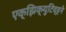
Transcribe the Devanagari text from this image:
एक्झिक्युटिव्हने